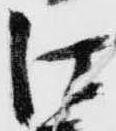
江